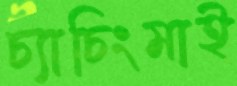
চ্যাচিংমাই